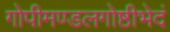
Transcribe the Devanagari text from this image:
गोपीमण्डलगोष्ठीभेदं